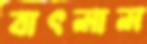
বাৎলাল